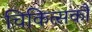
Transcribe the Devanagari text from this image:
चिकित्सकौं